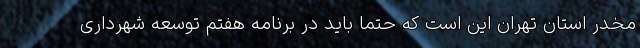
مخدر استان تهران این است که حتما باید در برنامه هفتم توسعه شهرداری